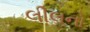
લીલનો